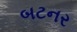
બટનર